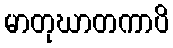
မာတုဃာတကာပိ